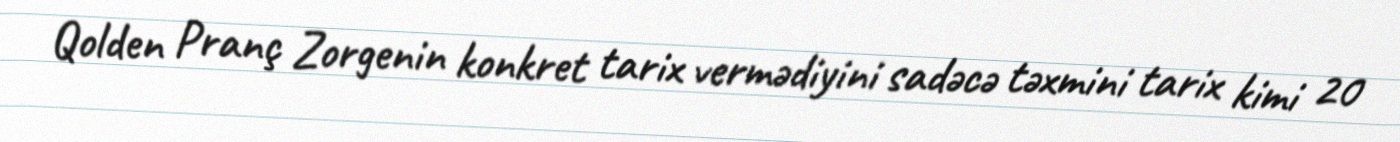
Qolden Pranç Zorgenin konkret tarix vermədiyini sadəcə təxmini tarix kimi 20